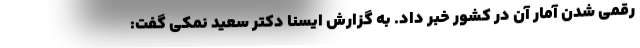
رقمی شدن آمار آن در کشور خبر داد. به گزارش ایسنا دکتر سعید نمکی گفت: